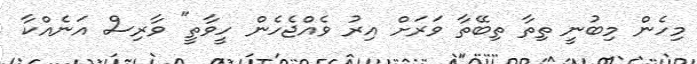
މިހެން މިބުނީ ތިތާ ތިބޭތާ ވަރަށް އިރު ވެއްޖެހެން ހީވާތީ" ވާރިސް އަނެއްކާ